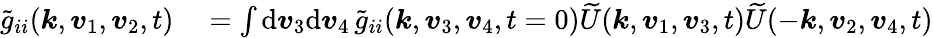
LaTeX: \begin{array}{rl}{\widetilde{g}_{ii}(\boldsymbol{k},\boldsymbol{v}_{1},\boldsymbol{v}_{2},t)}&{{}=\int\mathrm{d}\boldsymbol{v}_{3}\mathrm{d}\boldsymbol{v}_{4}\, \widetilde{g}_{ii}(\boldsymbol{k},\boldsymbol{v}_{3},\boldsymbol{v}_{4},t=0)\widetilde{U}(\boldsymbol{k},\boldsymbol{v}_{1},\boldsymbol{v}_{3},t)\widetilde{U}(-\boldsymbol{k},\boldsymbol{v}_{2},\boldsymbol{v}_{4},t)}\end{array}